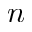
n